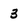
Character: 3